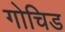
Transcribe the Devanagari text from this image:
गोचिड